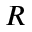
R